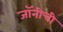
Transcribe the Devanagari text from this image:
जॉनीची